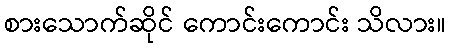
စားသောက်ဆိုင် ကောင်းကောင်း သိလား။